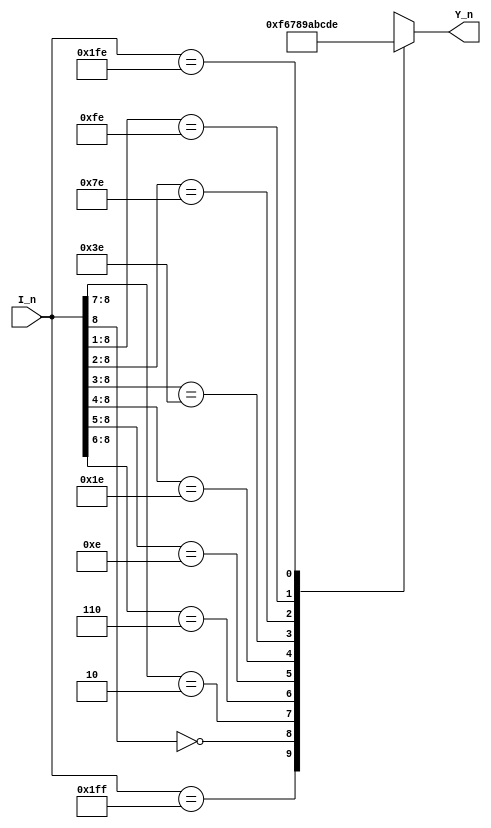
`timescale 1ns/1ns

module encoder_0(   //
   input      [8:0]         I_n   ,
   
   output reg [3:0]         Y_n   
);

always @(*)begin
   casex(I_n)   //X_n0Y_n
      9'b111111111 : Y_n = 4'b1111;
      9'b0xxxxxxxx : Y_n = 4'b0110;
      9'b10xxxxxxx : Y_n = 4'b0111;
      9'b110xxxxxx : Y_n = 4'b1000;
      9'b1110xxxxx : Y_n = 4'b1001;
      9'b11110xxxx : Y_n = 4'b1010;
      9'b111110xxx : Y_n = 4'b1011;
      9'b1111110xx : Y_n = 4'b1100;
      9'b11111110x : Y_n = 4'b1101;
      9'b111111110 : Y_n = 4'b1110;
      default      : Y_n = 4'b1111;
   endcase    
end 
     
endmodule
/*
100-99()
(Y_n)
8421BCD
*/
module key_encoder( //
      input      [9:0]         S_n   ,         
 
      output wire[3:0]         L     ,
      output wire              GS
);
wire [3:0] L_n;
encoder_0 encoder_0_1(
    .I_n(S_n[9:1]), //9S_n
    .Y_n(L_n)
);
assign L= ~L_n; //
assign GS = ~(&L_n)||(S_n == 10'b11_1111_1110); //

endmodule